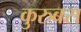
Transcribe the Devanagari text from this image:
कुरुबस